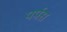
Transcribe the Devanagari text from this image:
पर्पस